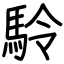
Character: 駖